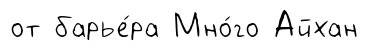
от барье́ра Мно́го Айхан